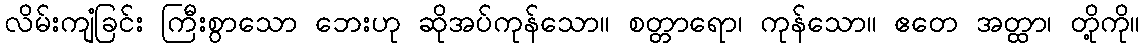
လိမ်းကျံခြင်း ကြီးစွာသော ဘေးဟု ဆိုအပ်ကုန်သော။ စတ္တာရော၊ ကုန်သော။ ဧတေ အတ္ထာ၊ တို့ကို။